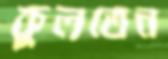
কুলতেন